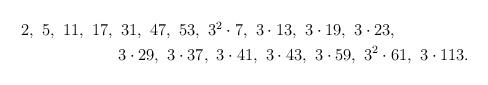
LaTeX: \begin{align*}\begin{aligned} 2, \,\, 5, \,\, 11, \,\, 17, \,\, & \, 31, \,\, 47, \,\, 53, \,\, 3^2 \cdot 7, \,\, 3 \cdot 13, \,\, 3 \cdot 19, \,\, 3 \cdot 23, \,\, \\ & 3 \cdot 29, \,\, 3 \cdot 37, \,\, 3 \cdot 41, \,\, 3 \cdot 43, \,\, 3 \cdot 59, \,\, 3^2 \cdot 61, \,\, 3 \cdot 113.\end{aligned}\end{align*}